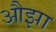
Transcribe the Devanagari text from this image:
औझा